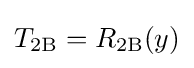
T_{\text{2B}}=R_{\text{2B}}(y)